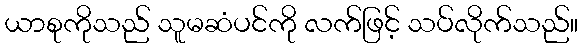
ယာစုကိုသည် သူမဆံပင်ကို လက်ဖြင့် သပ်လိုက်သည်။